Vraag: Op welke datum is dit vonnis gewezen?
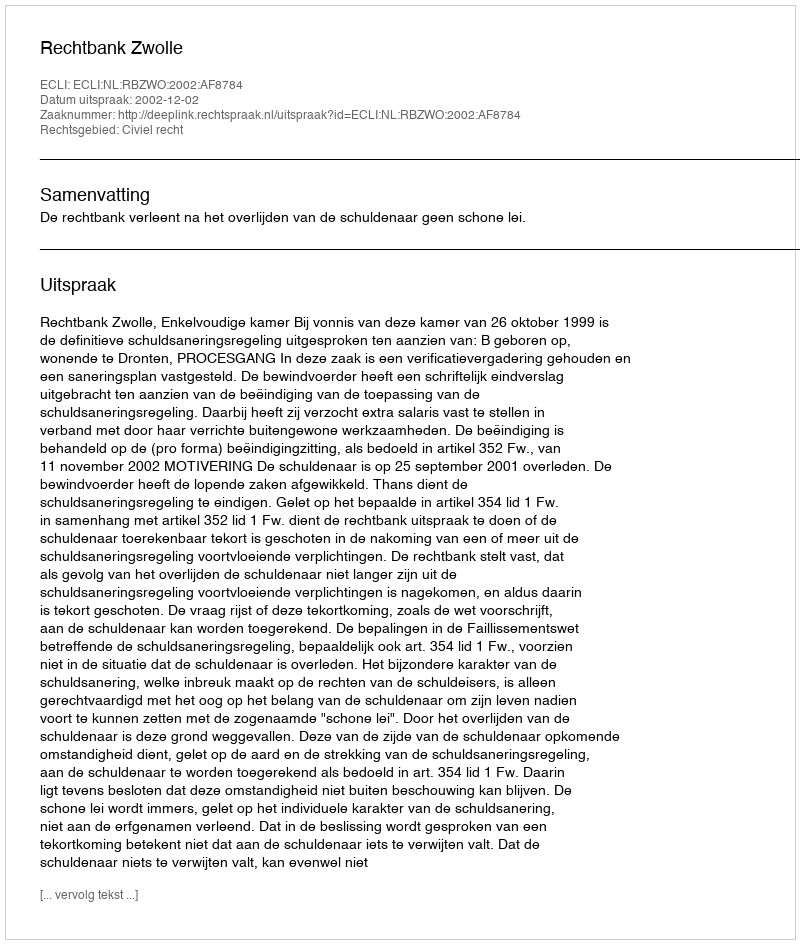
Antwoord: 2002-12-02